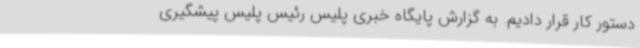
دستور کار قرار دادیم. به گزارش پایگاه خبری پلیس رئیس پلیس پیشگیری